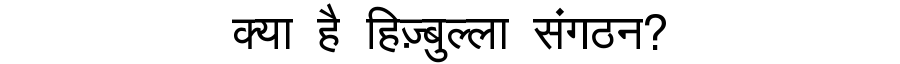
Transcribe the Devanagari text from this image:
क्या है हिज़्बुल्ला संगठन?